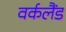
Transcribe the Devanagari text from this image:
वर्कलैंड